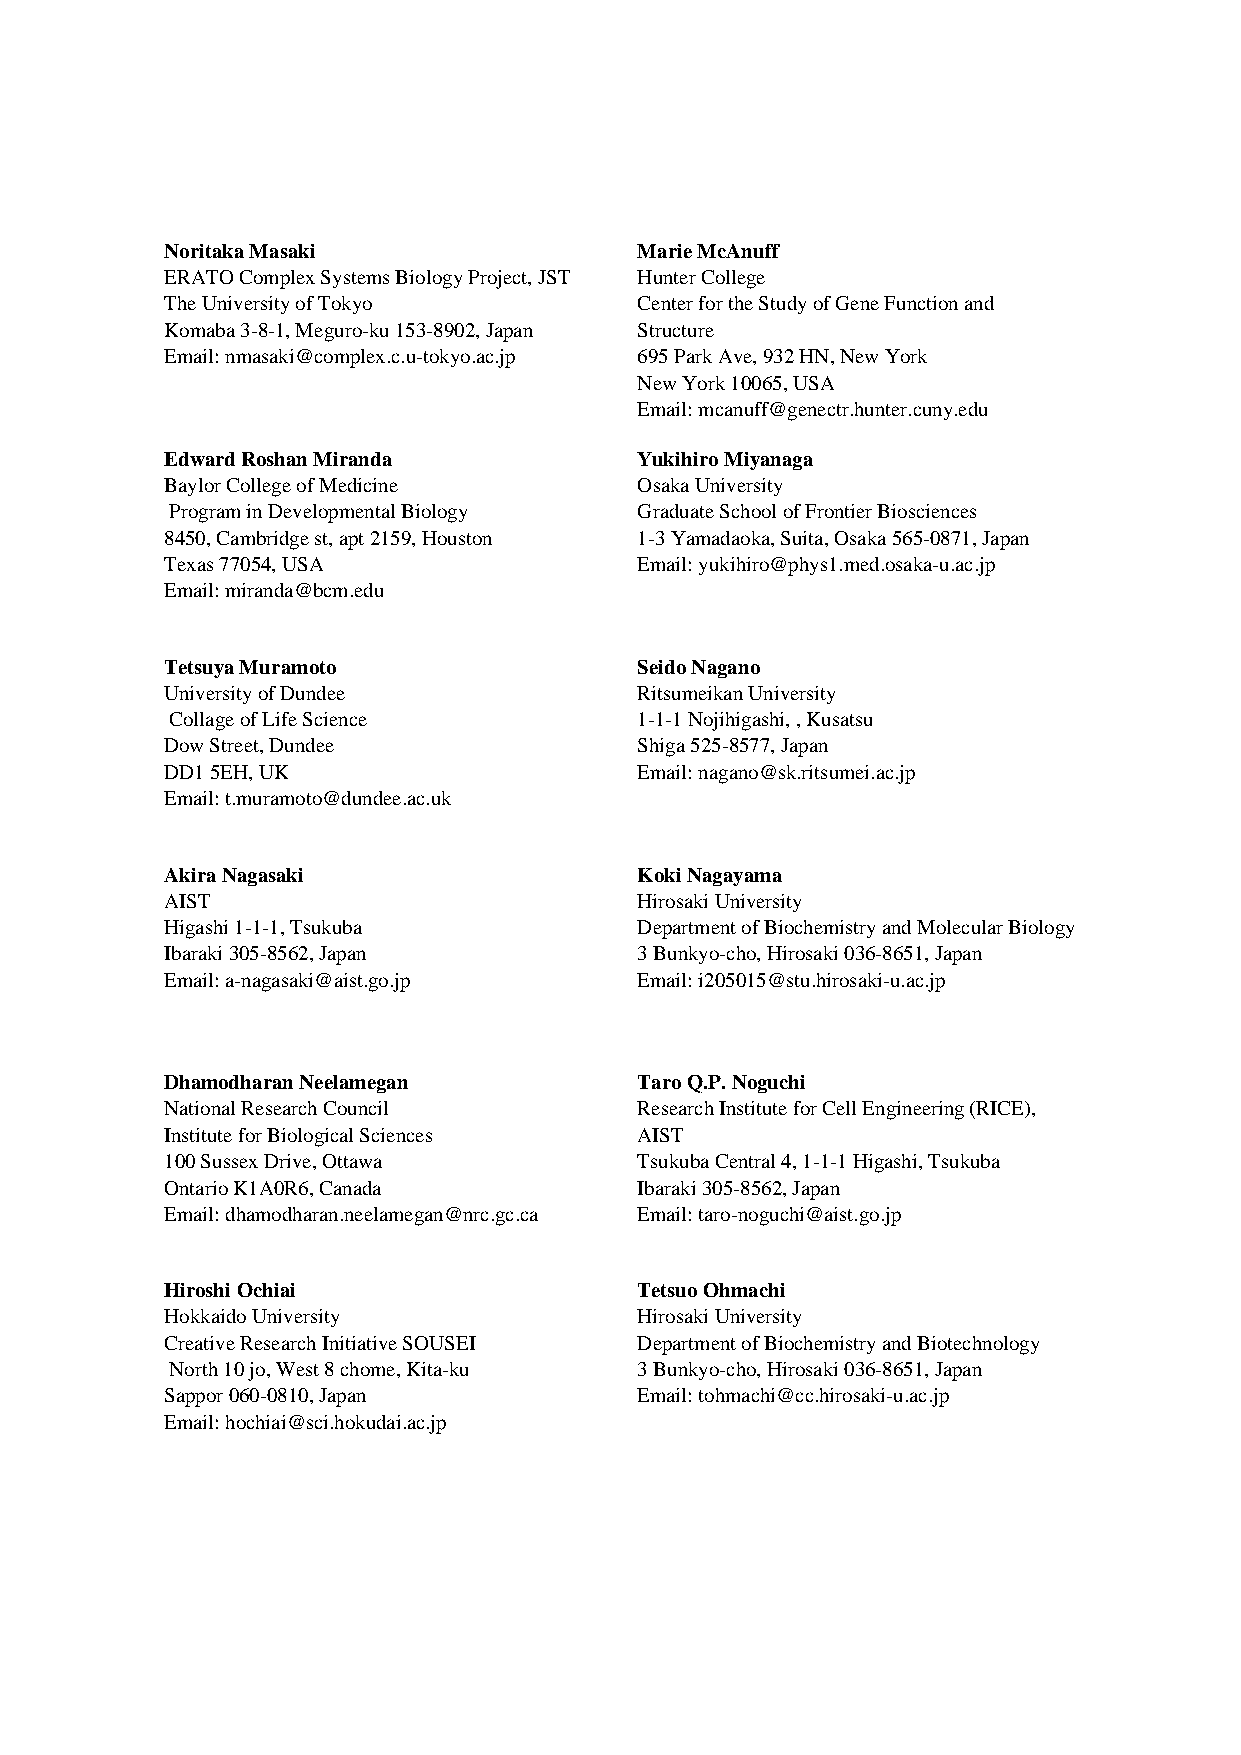
Noritaka Masaki              88 Marie McAnuff
 ERATO Complex Systems Biology Project, JST Hunter College
 The University of Tokyo        Center for the Study of Gene Function and
 Komaba 3-8-1, Meguro-ku 153-8902, Japan Structure
 89
 Email: nmasaki@complex.c.u-tokyo.ac.jp 695 Park Ave, 932 HN, New York
 New York 10065, USA
 Email: mcanuff@genectr.hunter.cuny.edu
 90
 Edward Roshan Miranda        91 Yukihiro Miyanaga
 Baylor College of Medicine     Osaka University
 Program in Developmental Biology Graduate School of Frontier Biosciences
 8450, Cambridge st, apt 2159, Houston 1-3 Yamadaoka, Suita, Osaka 565-0871, Japan
 92
 Texas 77054, USA               Email: yukihiro@phys1.med.osaka-u.ac.jp
 Email: miranda@bcm.edu
 93
 Tetsuya Muramoto             94 Seido Nagano
 University of Dundee           Ritsumeikan University
 Collage of Life Science        1-1-1 Nojihigashi, , Kusatsu
 Dow Street, Dundee             Shiga 525-8577, Japan
 95
 DD1 5EH, UK                    Email: nagano@sk.ritsumei.ac.jp
 Email: t.muramoto@dundee.ac.uk
 96
 Akira Nagasaki               97 Koki Nagayama
 AIST                           Hirosaki University
 Higashi 1-1-1, Tsukuba         Department of Biochemistry and Molecular Biology
 Ibaraki 305-8562, Japan        3 Bunkyo-cho, Hirosaki 036-8651, Japan
 98
 Email: a-nagasaki@aist.go.jp   Email: i205015@stu.hirosaki-u.ac.jp
 99
 Dhamodharan Neelamegan       ## Taro Q.P. Noguchi
 National Research Council      Research Institute for Cell Engineering (RICE),
 Institute for Biological Sciences AIST
 100 Sussex Drive, Ottawa       Tsukuba Central 4, 1-1-1 Higashi, Tsukuba
 ##
 Ontario K1A0R6, Canada         Ibaraki 305-8562, Japan
 Email: dhamodharan.neelamegan@nrc.gc.ca Email: taro-noguchi@aist.go.jp
 ##
 Hiroshi Ochiai               ## Tetsuo Ohmachi
 Hokkaido University            Hirosaki University
 Creative Research Initiative SOUSEI Department of Biochemistry and Biotechnology
 North 10 jo, West 8 chome, Kita-ku 3 Bunkyo-cho, Hirosaki 036-8651, Japan
 ##
 Sappor 060-0810, Japan         Email: tohmachi@cc.hirosaki-u.ac.jp
 Email: hochiai@sci.hokudai.ac.jp
 ##